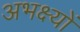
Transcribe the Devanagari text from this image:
अभक्ष्यों